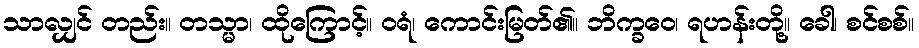
သာလျှင် တည်း။ တသ္မာ၊ ထိုကြောင့်။ ဝရံ၊ ကောင်းမြတ်၏။ ဘိက္ခဝေ၊ ရဟန်းတို့။ ခေါ၊ စင်စစ်။